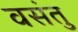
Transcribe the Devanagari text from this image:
वसंतु